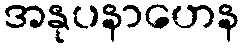
အနုပနာဟေန